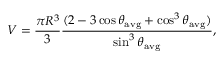
V = { \frac { \pi R ^ { 3 } } { 3 } } { \frac { ( 2 - 3 \cos \theta _ { \mathrm { a v g } } + \cos ^ { 3 } \theta _ { \mathrm { a v g } } ) } { \sin ^ { 3 } \theta _ { \mathrm { a v g } } } } ,